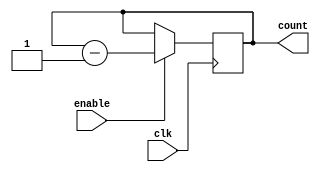
module BinaryDownCounter (
  input wire clk,
  input wire enable,
  output reg [3:0] count
);

always @ (posedge clk) begin
  if (enable) begin
    count <= count - 1;
  end
end

endmodule